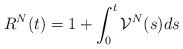
LaTeX: \begin{align*}R^N(t)= 1 +\int_0^t {\mathcal{V}}^N(s)ds\end{align*}